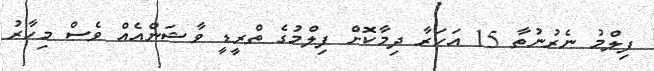
ފިލްމު ނެރުނުތާ 15 އަހަރާ ދިމާކޮށް ފިލްމުގެ ތްރީޑީ ވާޝަންއެއް ވެސް މިހާރު